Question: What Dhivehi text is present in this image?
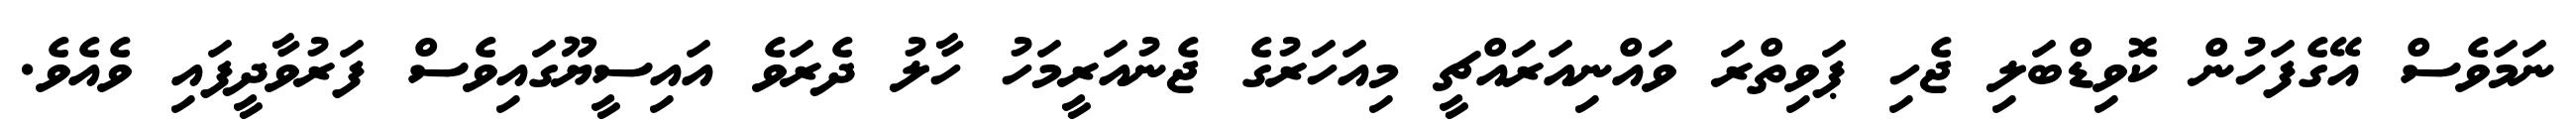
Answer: ނަމަވެސް އޭގެފަހުން ކޮވިޑްބަލި ޖެހި ޕަވިތްރަ ވައްނިއަރައްޗީ މިއަހަރުގެ ޖެނުއަރީމަހު ހާލު ދެރަވެ އައިސީޔޫގައިވެސް ފަރުވާދީފައި ވެއެވެ.